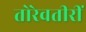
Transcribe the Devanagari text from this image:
तोरेवतीरीं